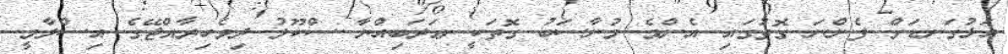
އަޅުގަނޑަށް ފެންނަ ގޮތުގައި އެންމެ މުނާސަބު ގޮތަކީ ޢަރަބިއްޔާ ސްކޫލު ދިވެހިރާއްޖޭގެ އިސްލާމީ